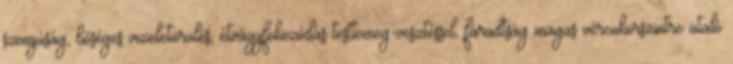
szomjúság, bőséges vizeletürülés, étvágyfokozódás testtömeg-vesztéssel, fáradtság magas vércukorszintre utaló